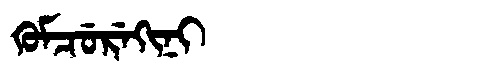
Manchu: ᡴᡠᠮᠴᡠᡵᡝᡴᡳᠨᡳ
Romanization: KUMCUREKINI